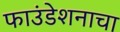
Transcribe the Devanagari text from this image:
फाउंडेशनाचा